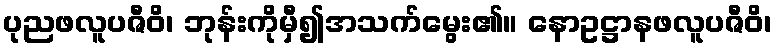
ပုညဖလူပဇီဝိ၊ ဘုန်းကိုမှီ၍အသက်မွေး၏။ နောဥဋ္ဌာနဖလူပဇီဝိ၊